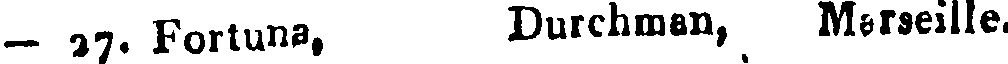
- 27. Fortuna, Durchman, Marseille.